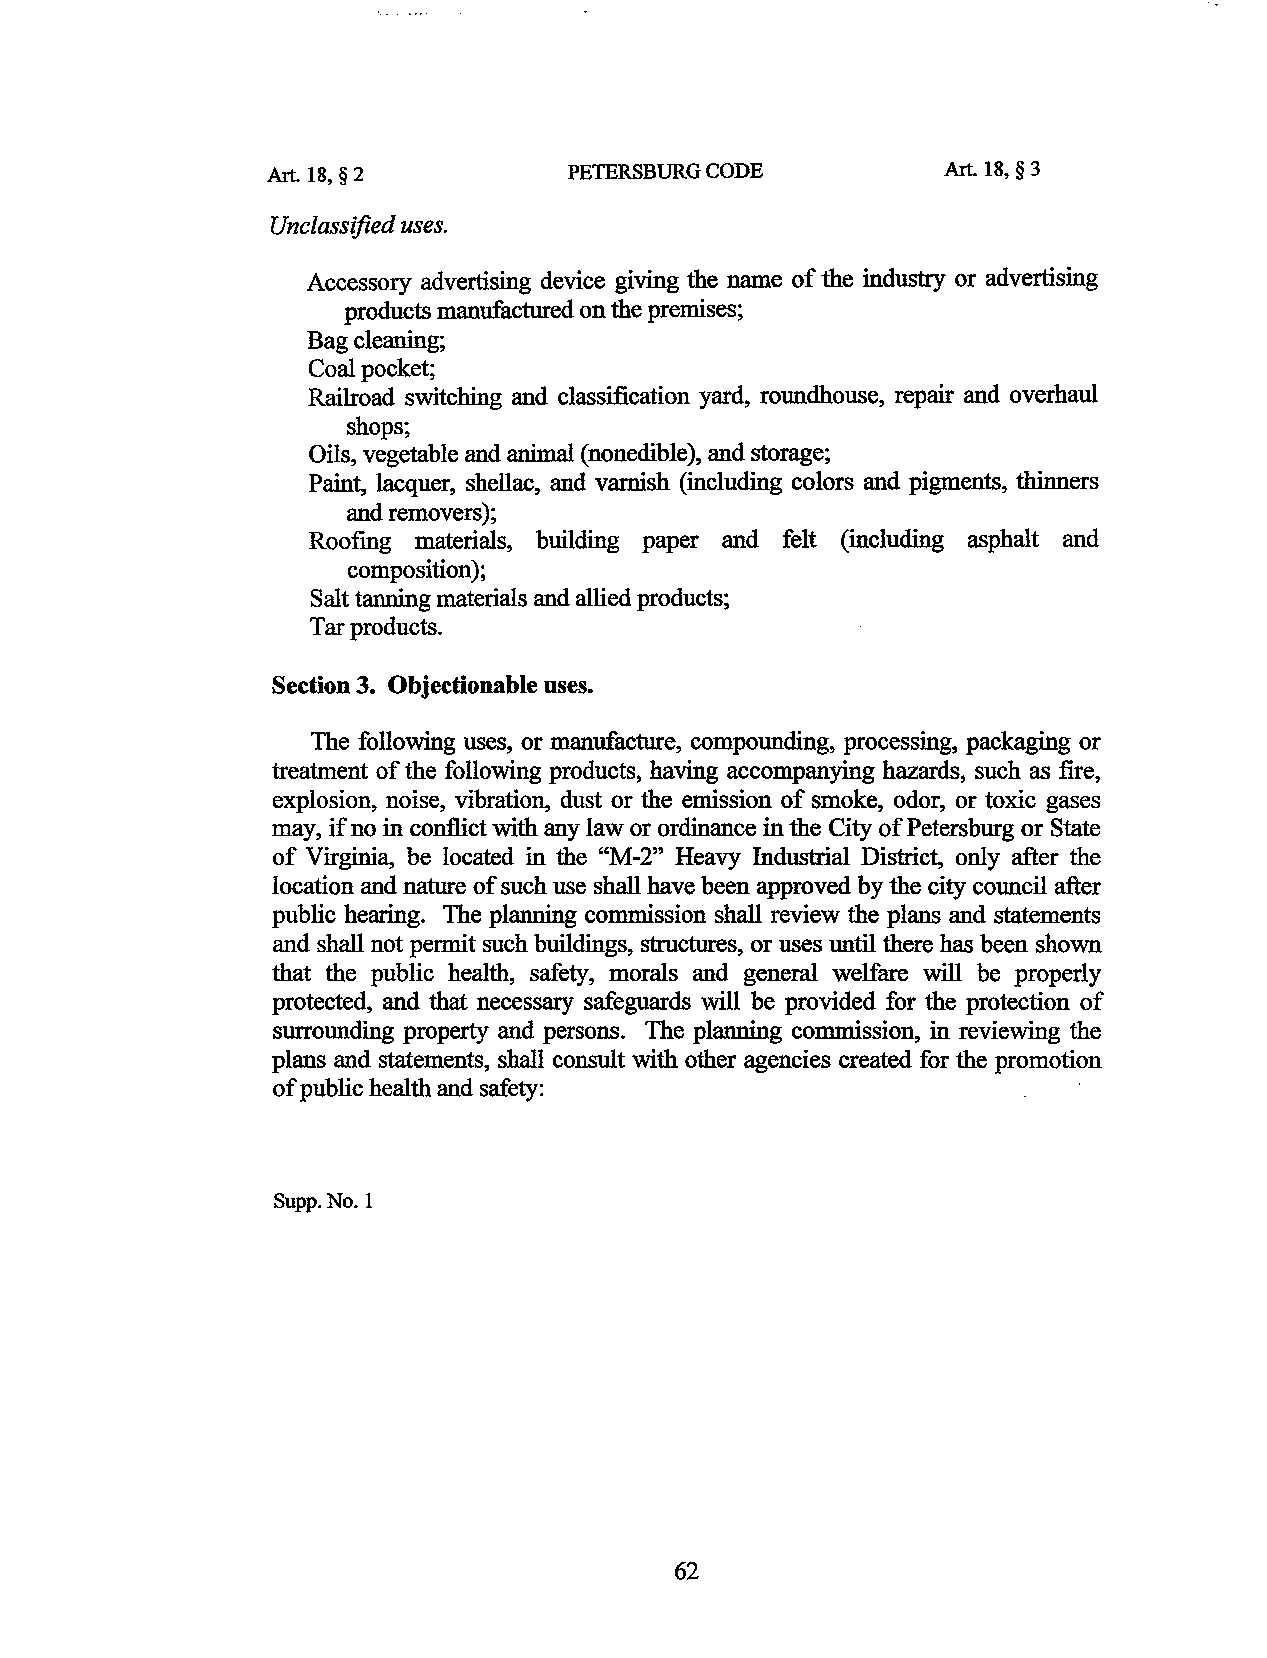
Art. 18, § 2        PETERSBURG CODE          Art. 18, § 3
 Unclassified uses.
 Accessory advertising device giving the name of the industry or advertising
 products manufactured on the premises;
 Bag cleaning;
 Coal pocket;
 Railroad switching and classification yard, roundhouse, repair and overhaul
 shops;
 Oils, vegetable and animal (nonedible) , and storage;
 Paint, lacquer, shellac, and varnish (including colors and pigments, thinners
 and removers);
 Roofing materials, building paper and felt (including asphalt and
 composition);
 Salt tanning materials and allied products;
 Tar products.
 Section 3. Objectionable uses.
 The following uses, or manufacture, compounding, processing, packaging or
 treatment of the following products, having accompanying hazards, such as fire,
 explosion, noise, vibration, dust or the emission of smoke, odor, or toxic gases
 may, if no in conflict with any law or ordinance in the City of Petersburg or State
 of Virginia, be located in the "M-2" Heavy Industrial District, only after the
 location and nature of such use shall have been approved by the city council after
 public hearing. The planning commission shall review the plans and statements
 and shall not permit such buildings, structures, or uses until there has been shown
 that the public health, safety, morals and general welfare will be properly
 protected, and that necessary safeguards will be provided for the protection of
 surrounding property and persons. The planning commission, in reviewing the
 plans and statements, shall consult with other agencies created for the promotion
 of public health and safety:
 Supp.No.1
 62